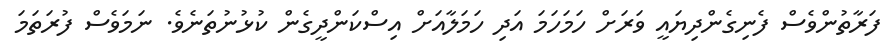
ފަރާތުންވެސް ފެނިގެންދިޔައީ ވަރަށް ހަމަހަމަ އަދި ހަމަލާއަށް އިސްކަންދީގެން ކުޅުނުތަނެވެ. ނަމަވެސް ފުރަތަމަ